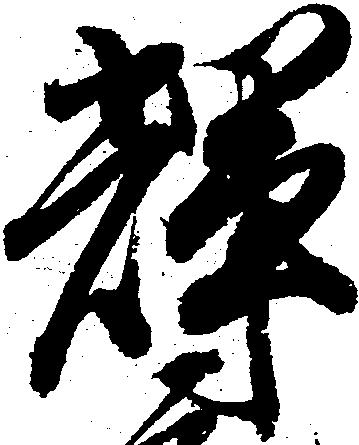
輝